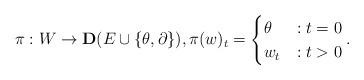
LaTeX: \begin{align*}\pi: W\to \mathbf D(E\cup \{\theta,\partial\}),\pi(w)_t=\begin{cases}\theta&: t=0\\w_t&: t>0\end{cases}.\end{align*}